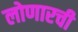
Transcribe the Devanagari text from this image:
लोणारची